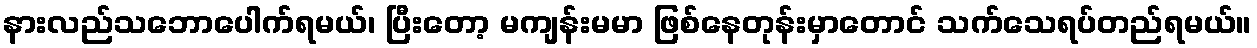
နားလည်သဘောပေါက်ရမယ်၊ ပြီးတော့ မကျန်းမမာ ဖြစ်နေတုန်းမှာတောင် သက်သေရပ်တည်ရမယ်။